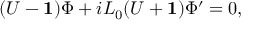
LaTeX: ( U - { \bf 1 } ) \Phi + i L _ { 0 } ( U + { \bf 1 } ) \Phi ^ { \prime } = 0 ,